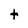
Character: t